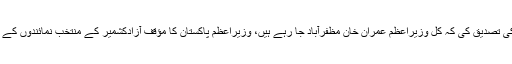
انہوں نے اس بات کی تصدیق کی کہ کل وزیراعظم عمران خان مظفرآباد جا رہے ہیں، وزیراعظم پاکستان کا مؤقف آزادکشمیر کے منتخب نمائندوں کے سامنے رکھیں گے۔